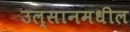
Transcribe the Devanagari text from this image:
उल्सानमधील